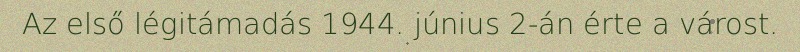
Az első légitámadás 1944. június 2-án érte a várost.